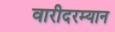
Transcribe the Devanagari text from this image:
वारीदरम्यान